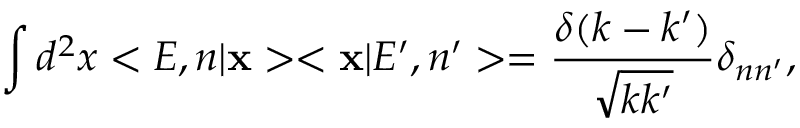
\int { d } ^ { 2 } x < E , n | { \bf x } > < { \bf x } | E ^ { \prime } , n ^ { \prime } > = \frac { \delta ( k - k ^ { \prime } ) } { \sqrt { k k ^ { \prime } } } { \delta } _ { n n ^ { \prime } } ,